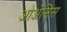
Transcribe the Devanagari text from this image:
ओॲसिस